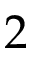
2